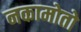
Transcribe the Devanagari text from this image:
नकामोतो